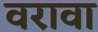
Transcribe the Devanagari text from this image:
वरावा